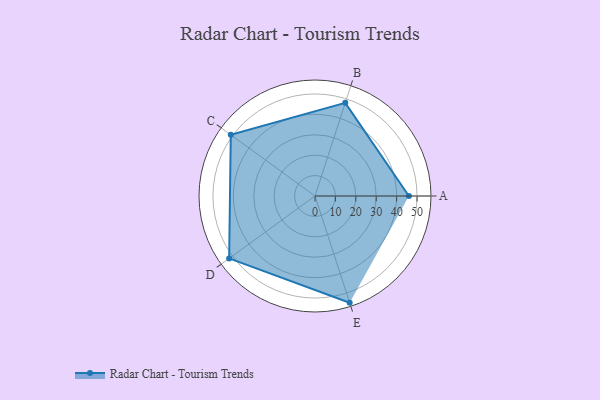
{"axis": {"x": "Skill", "y": "Score"}, "legend": ["Profile"], "data": [{"x": "A", "y": 46.0, "type": "Profile"}, {"x": "B", "y": 48.0, "type": "Profile"}, {"x": "C", "y": 51.0, "type": "Profile"}, {"x": "D", "y": 52.0, "type": "Profile"}, {"x": "E", "y": 55.0, "type": "Profile"}]}